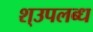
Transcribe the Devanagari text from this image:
श्उपलब्ध